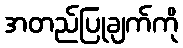
အတည်ပြုချက်ကို